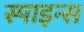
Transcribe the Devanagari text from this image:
स्पाइन्स